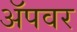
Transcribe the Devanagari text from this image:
अॅपवर